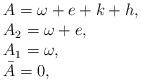
LaTeX: \begin{align*}\begin{array}[c]{l}A=\omega+e+k+h,\\A_{2}=\omega+e,\\A_{1}=\omega,\\\bar{A}=0,\end{array}\end{align*}